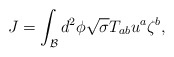
\begin{align*}J=\int_{\mathcal{B}}d^2\phi \sqrt{\sigma }T_{ab}u^a\zeta ^b,\end{align*}